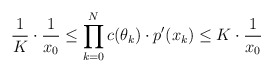
\begin{align*}\frac1K \cdot \frac1{x_0} \leq \prod \limits_{k=0}^N c(\theta_k) \cdot p'(x_k) \leq K \cdot \frac1{x_0}\end{align*}